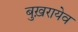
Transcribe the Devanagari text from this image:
बुख़रायेव